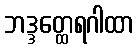
ဘဒ္ဒတ္ထေရဂါထာ